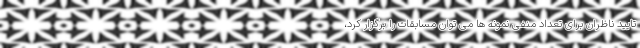
تایید ناظران برای تعداد منفی نمونه ها می توان مسابقات را برگزار کرد،